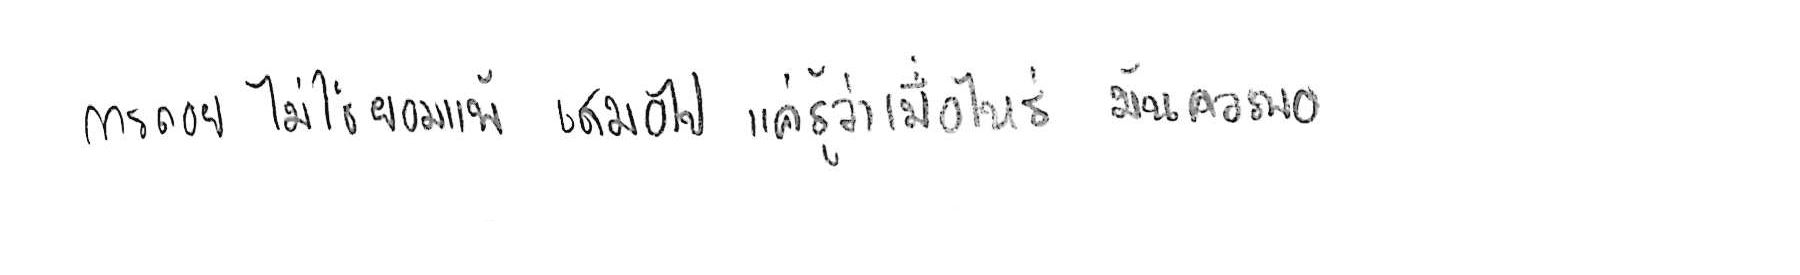
การถอย ไม่ใช่ยอมแพ้ เสมอไป แค่รู้ว่าเมื่อไหร่ มันควรพอ